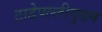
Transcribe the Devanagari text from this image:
टाडेपल्लीगुडम